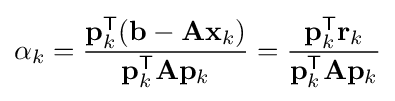
\alpha _{k}={\frac {\mathbf {p} _{k}^{\mathsf {T}}(\mathbf {b} -\mathbf {Ax} _{k})}{\mathbf {p} _{k}^{\mathsf {T}}\mathbf {A} \mathbf {p} _{k}}}={\frac {\mathbf {p} _{k}^{\mathsf {T}}\mathbf {r} _{k}}{\mathbf {p} _{k}^{\mathsf {T}}\mathbf {A} \mathbf {p} _{k}}}